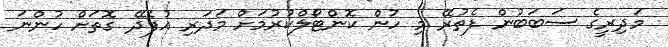
މަދިރީގެ ސަބަބުން ފެތުރޭ މި ހުން ކޮންޓޯލްކުރުމަށް މަދަރި އުފެދޭ ގޮތަށް ހުންނަ